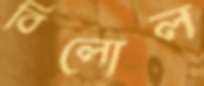
বিলোল